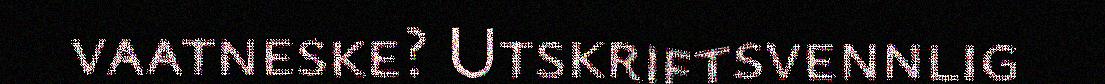
vaatneske? Utskriftsvennlig